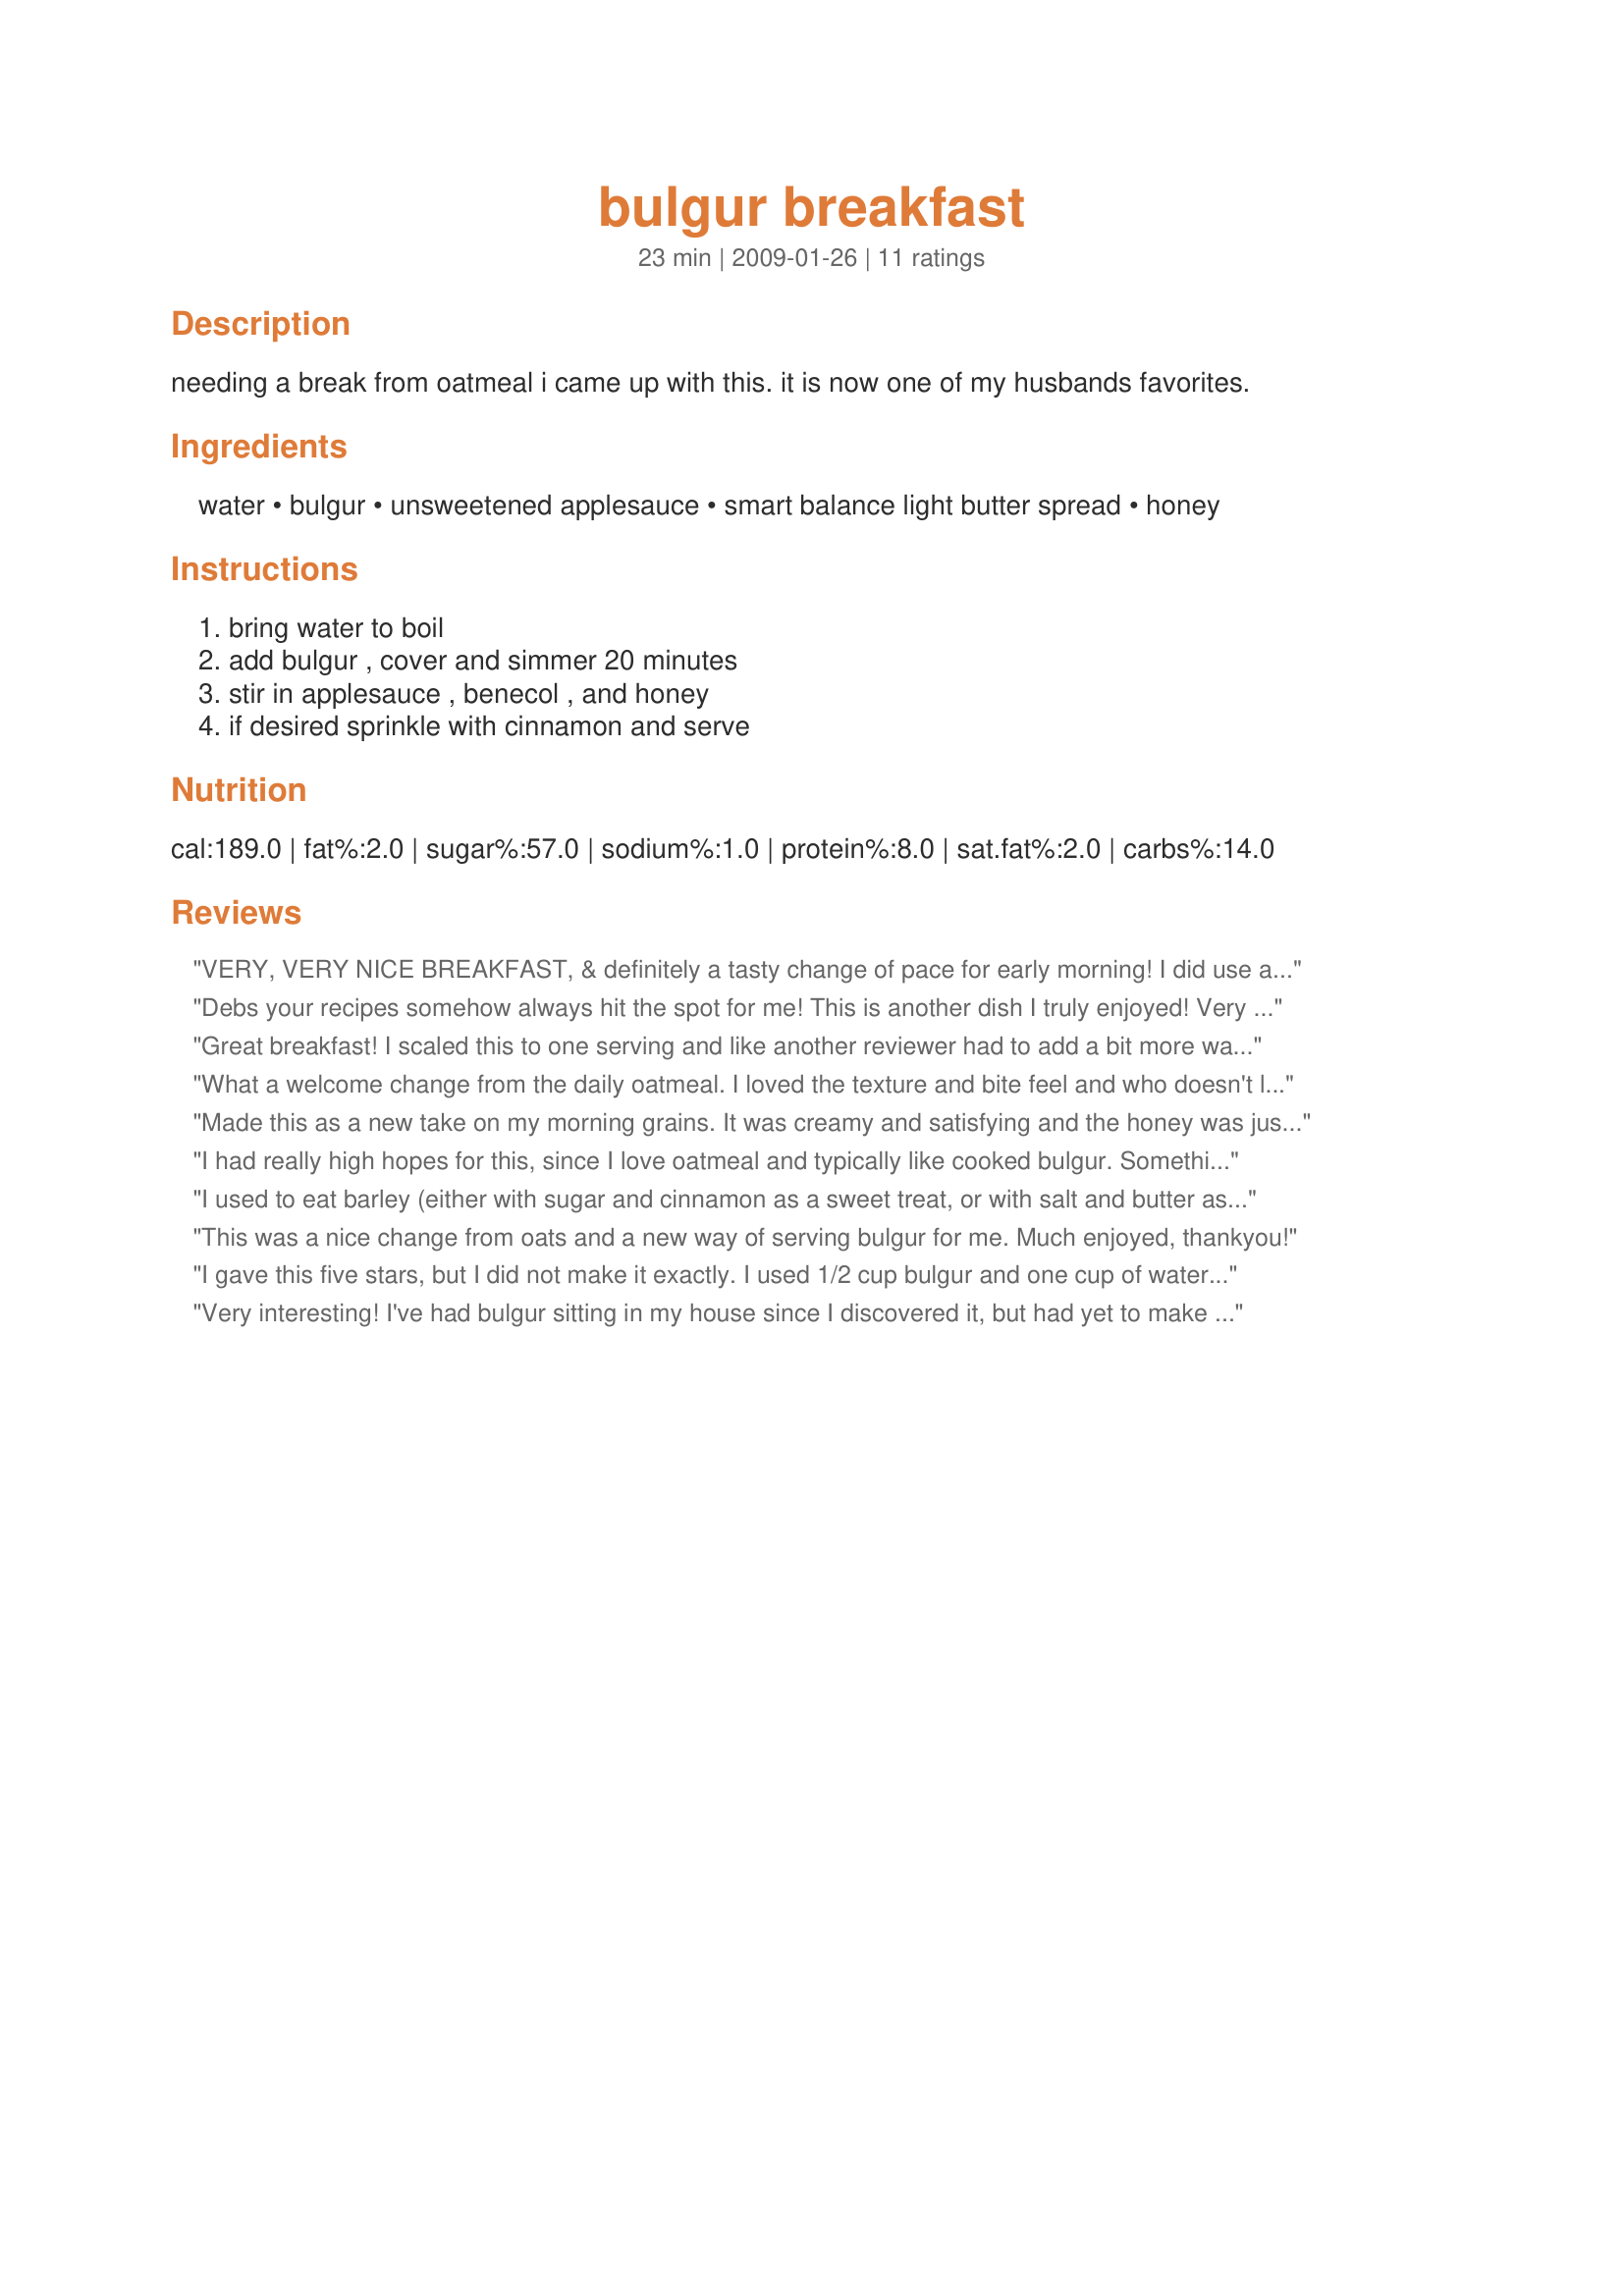
bulgur breakfast
Preparation time: 23 minutes

needing a break from oatmeal i came up with this. it is now one of my husbands favorites.

Ingredients:
water, bulgur, unsweetened applesauce, smart balance light butter spread, honey

Steps:
bring water to boil, add bulgur , cover and simmer 20 minutes, stir in applesauce , benecol , and honey, if desired sprinkle with cinnamon and serve

Reviews:
VERY, VERY NICE BREAKFAST, & definitely a tasty change of pace for early morning! I did use a homemade applesauce that was slightly sweetened but then cut back by half on the honey! Thanks, much, for sharing the recipe! [Tagged, made & reviewed for one of my Vegetarian partners in the Vegetarian/Vegan Recipe Swap 7]
Debs your recipes somehow always hit the spot for me! This is another dish I truly enjoyed! Very easy, yet very tasty and nutritious! Mmmm! :)
Like Toni I too added a sprinkling of cinnamon on top just cause I thought it would make a lovely addition.
THANKS SO MUCH for sharing another keeper with us!
Made and reviewed for Everyday Is A Holiday Tag Game Octobre 09.
Great breakfast! I scaled this to one serving and like another reviewer had to add a bit more water (about 2T) at about the 10 minute mark. This was soft and creamy with just a bit of a bite and the nutty wheat flavor was great with the apple and honey. I did add the cinnamon on top and really enjoyed this hearty and healthy breakfast - thanks for sharing the recipe!
What a welcome change from the daily oatmeal. I loved the texture and bite feel and who doesn't love apple and cinnamon! I do need to say that the water in the amount given here was absorbed in 2 mins and I needed to add a good bit more (sorry I didn't measure what I added)then turned the stove down to the 2 mark for a slow simmer for the next 16 mins. The end result made a great hot breakfast that was well enjoyed.
Made this as a new take on my morning grains. It was creamy and satisfying and the honey was just right. Added a good amount of cinnamon - love the stuff -- and topped it with an assortment of berries. Yummmy. Made for the Safari Supper Club Summer Spectacular.
I had really high hopes for this, since I love oatmeal and typically like cooked bulgur. Something about the applesauce taste that is not working for me, though. I added the honey and butter and it still tastes "funny" to me. Sweet but in an odd way. Oh well, sometimes we don't like things we try. I really appreciate the chance to try healthy recipes, so thanks for sharing!!
I used to eat barley (either with sugar and cinnamon as a sweet treat, or with salt and butter as a savory treat), and then I discovered my youngest is allergic to barley. OK, time for a new plan! And here's the barley substitute (no, he's not allergic to wheat).

I left out the butter and honey, and don't miss it.
This was a nice change from oats and a new way of serving bulgur for me. Much enjoyed, thankyou!
I gave this five stars, but I did not make it exactly. I used 1/2 cup bulgur and one cup of water. Cooked for ten minutes. Then added 2 T of sliced almonds, 2T of craisins, and 2 t. of maple syrup. It was incredible. I am so excited to find a new breakfast food. I was so worried becauset my bulgur got rancid on the shelf, so I now put it in the frige but it takes up so much room. Now I can use it up. This recipe can be made in a million different ways. Thank you.
Very interesting! I've had bulgur sitting in my house since I discovered it, but had yet to make anything with it. Not sure if I did anything wrong since I've never made it before, but it wasn't quite as soft as oatmeal. I forgot the butter and honey, but it was the perfect sweetness for me. My DD gobbled it right up too! I added cinnamon and raisins to mine.
I absolutely loved this. Chewy, nutty and sooo satisfying. . I added the honey as it simmered and then stirred in the applesauce (forgot the butter). I topped it off with blueberries and some cream. Deb, it was a great way to start the day off. I've got to do this more often. Honoured to make this as a "Thank You" for voting for Lawrencetown, Nova Scotia in the 2010 Kraft Hockeyville Competition.
